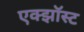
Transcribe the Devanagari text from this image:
एक्झॉस्ट